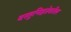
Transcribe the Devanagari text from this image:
वस्तुनिष्ठतेवरील